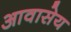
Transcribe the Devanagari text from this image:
आवासेय